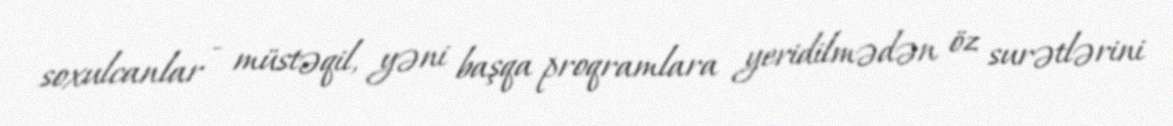
soxulcanlar - müstəqil, yəni başqa proqramlara yeridilmədən öz surətlərini